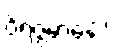
ဝိရဇ္ဇမာနော